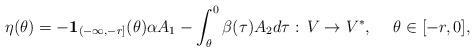
LaTeX: \begin{align*}\eta(\theta) = -{\bf 1}_{(-\infty, -r]}(\theta)\alpha A_1 - \int^0_\theta \beta(\tau)A_2d\tau:\, V\to V^*,\hskip 15pt \theta\in [-r, 0], \end{align*}